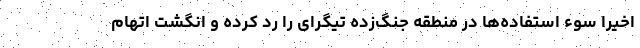
اخیرا سوء استفاده‌ها در منطقه جنگ‌زده تیگرای را رد کرده و انگشت اتهام